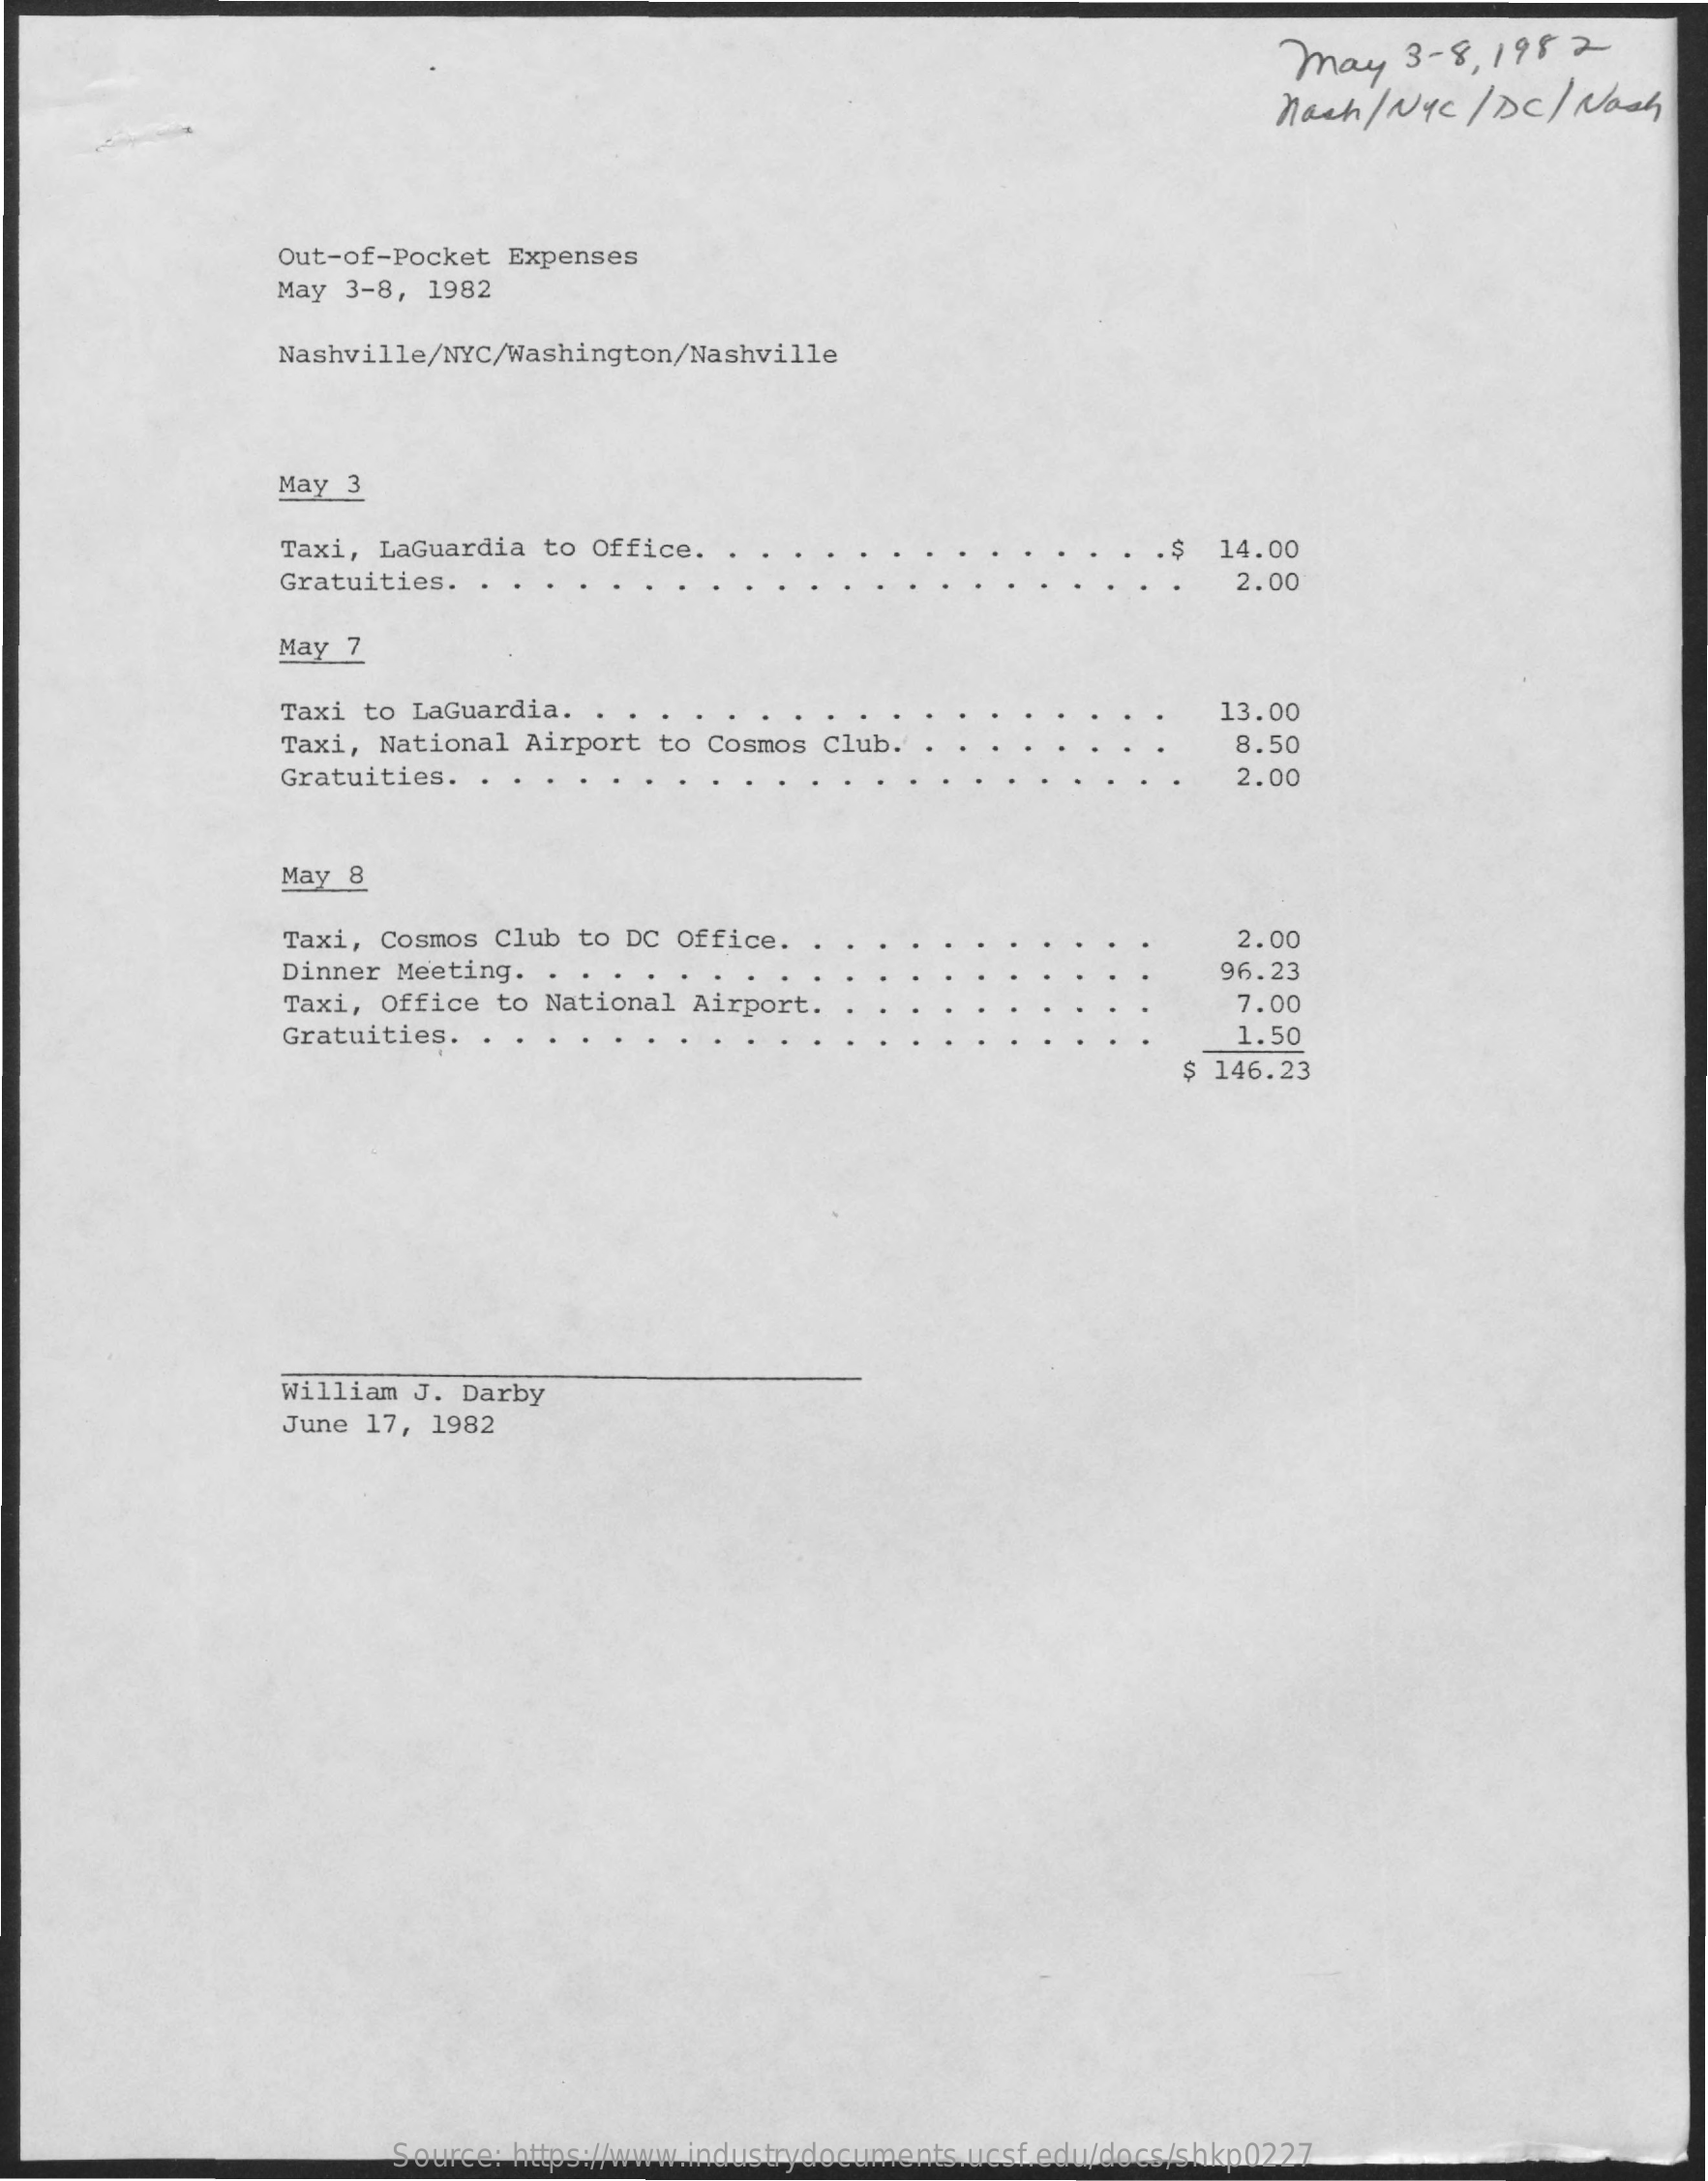
may    3- 8, 198 2
     nach  / Nyc / DC/  Nach
     Out-of-Pocket  Expenses
     May 3-8, 1982
     Nashville/NYC/Washington/Nashville
     May  3
     Taxi, LaGuardia  to Office.    14.00
     Gratuities.    2.00
     May 7
     Taxi to LaGuardia.    13.00
     Taxi, National  Airport to Cosmos  Clu    8.50
     Gratuities.    2.00
     May 8
     Taxi, Cosmos Club to DC Office.    2.00
     Dinner Meeting.  . .  ..    96.23
     Taxi, Office to National Airport.    7.00
     Gratuities.  .    1.50
     $ 146.23
     William  J. Darby
     June 17,  1982
     Source: https://www.industrydocuments.ucsf.edu/docs/shkp0227